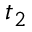
t _ { 2 }